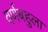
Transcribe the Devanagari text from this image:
वर्णबहुला